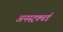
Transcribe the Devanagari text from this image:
अनस्ट्रक्चर्ड